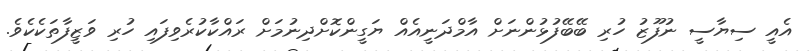
އެއީ ސިޔާސީ ނުފޫޒު ހުރި ބޭބޭފުޅުންނަށް އާމްދަނީއެއް ޔަގީންކޮށްދިނުމަށް ރައްކާކުރެވިފައި ހުރި ވަޒީފާތަކެކެވެ.